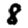
Digit: 8